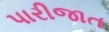
પારીજાત